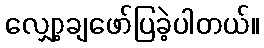
လျှော့ချဖော်ပြခဲ့ပါတယ်။